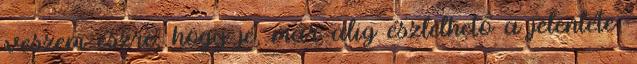
veszem észre, hogy jé, már alig észlelhető a jelenléte,